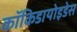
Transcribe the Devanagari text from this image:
कॉकिडायोइडेस